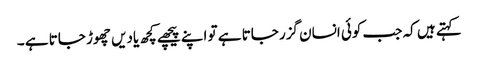
کہتے ہیں کہ جب کوئی انسان گزر جاتا ہے تو اپنے پیچھے کچھ یادیں چھوڑ جاتا ہے ۔